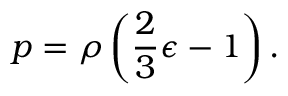
p = \rho \left( { \frac { 2 } { 3 } } \epsilon - 1 \right) .